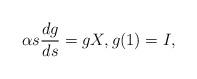
LaTeX: \begin{align*}\alpha s\frac{dg}{ds} = g X,g(1)=I,\end{align*}